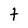
Character: t